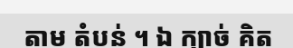
តាម តំបន់ ។ ឯ ក្បាច់ គិត